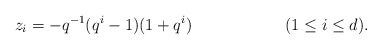
\begin{align*} z_i &= - q^{-1} (q^i-1)(1+q^i) && (1 \leq i \leq d).\end{align*}